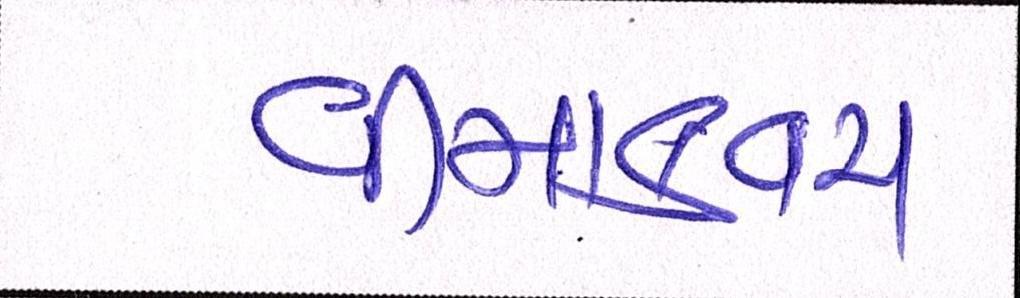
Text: વીમાકવચ